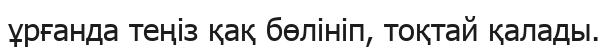
ұрғанда теңіз қақ бөлініп, тоқтай қалады.